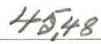
45,48